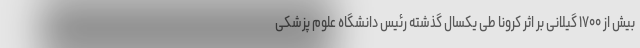
بیش از ۱۷۰۰ گیلانی بر اثر کرونا طی یکسال گذشته رئیس دانشگاه علوم پزشکی